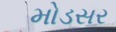
મોડસર